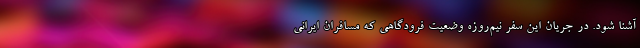
آشنا شود. در جریان این سفر نیم‌روزه وضعیت فرودگاهی که مسافران ایرانی